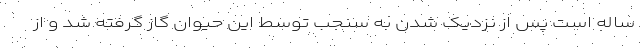
ساله است پس از نزدیک شدن به سنجب توسط این حیوان گاز گرفته شد و از